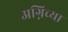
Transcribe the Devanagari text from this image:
अग्निच्या